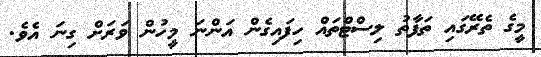
މީގެ ތެރޭގައި ތަފާތު ލިސްޓްތައް ހިފައިގެން އަންނަ މީހުން ވަރަށް ގިނަ އެވެ.